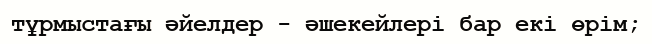
тұрмыстағы әйелдер - әшекейлері бар екі өрім;